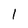
Character: 1